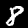
Label: 8